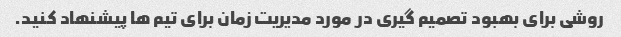
روشی برای بهبود تصمیم گیری در مورد مدیریت زمان برای تیم ها پیشنهاد کنید.